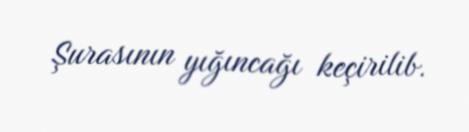
Şurasının yığıncağı keçirilib.